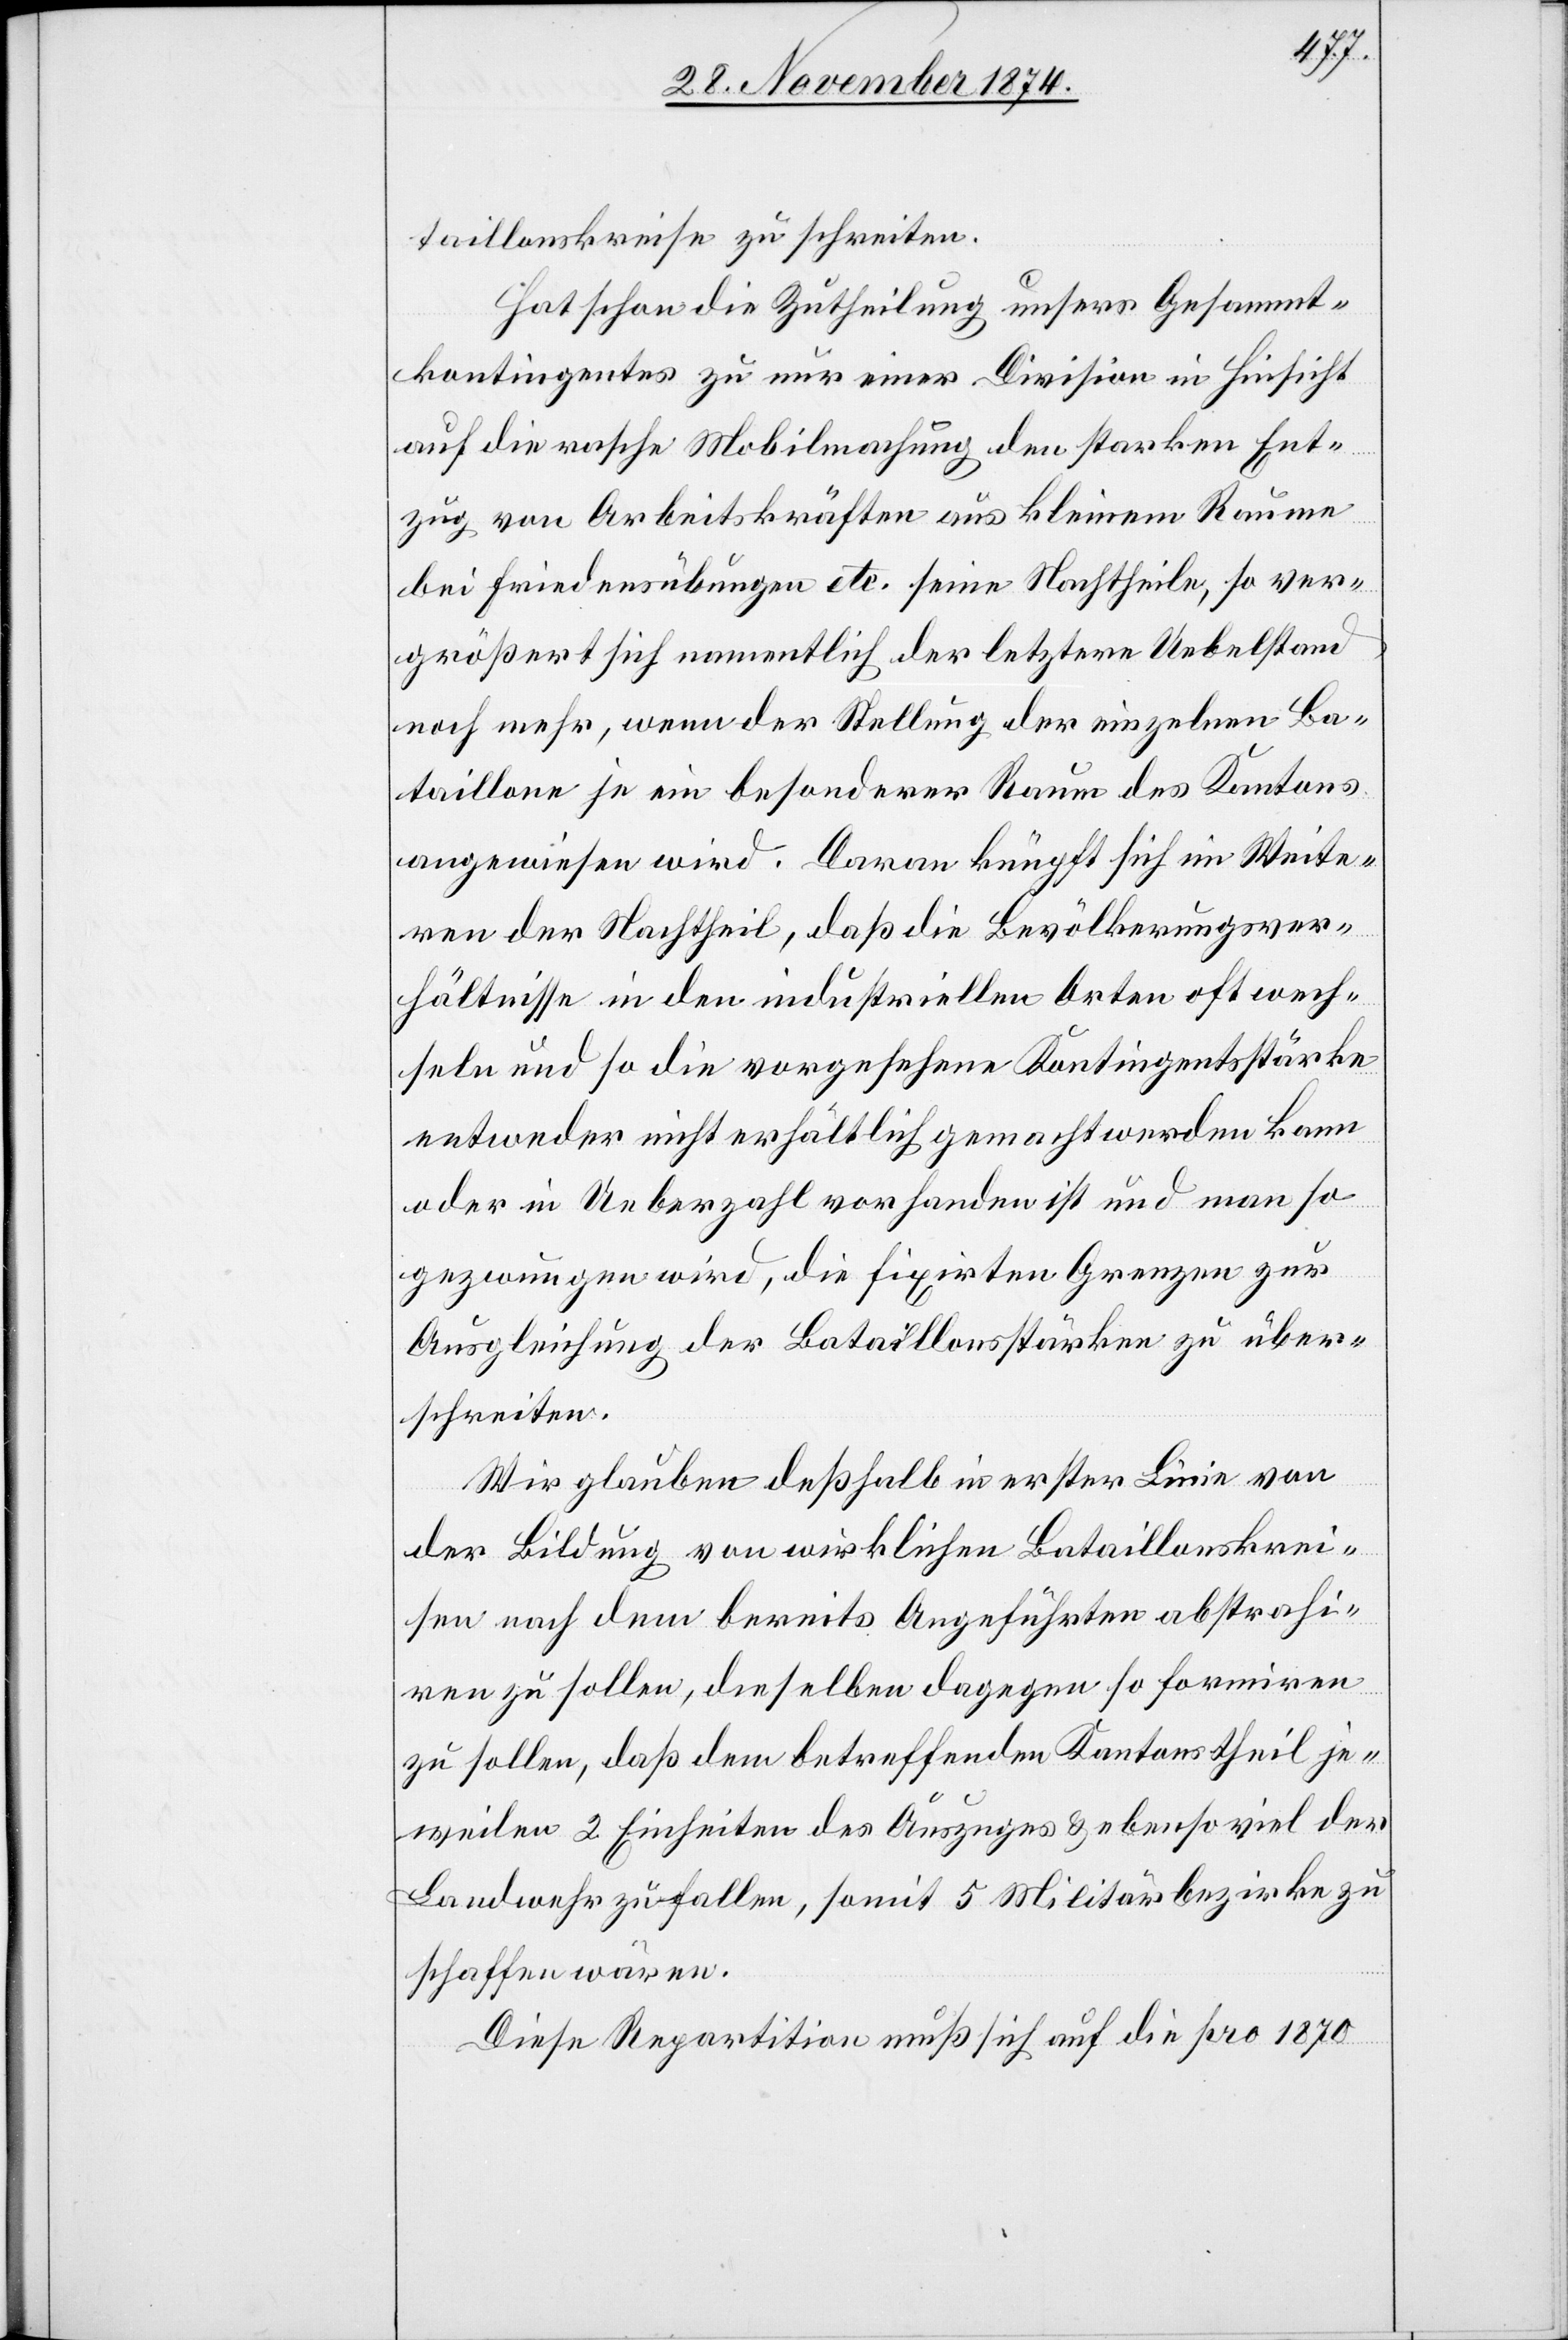
taillonskreise zu schreiten.
Hat schon die Zutheilung unsers Gesammt¬
kontingentes zu nur einer Divison in Hinsicht
auf die rasche Mobilmachung den starken Ent¬
zug von Arbeitskräften aus kleinem Raume
bei Friedensübungen etc. seine Nachtheile, so ver¬
größert sich namentlich der letztere Uebelstand
noch mehr, wenn der Stellung der einzelnen Ba¬
taillone je ein besonderer Raum des Kantons
angewiesen wird. Daran knüpft sich im Weite¬
ren der Nachtheil, daß die Bevölkerungsver¬
hältnisse in den industriellen Arten oft wech¬
seln und so die vorgesehene Kontingentsstärke
entweder nicht erhältlich gemacht werden kann
oder in Ueberzahl vorhanden ist und man so
gezwungen wird, die fixirten Grenzen zur
Ausgleichung der Bataillonsstärken zu über¬
schreiten.
Wir glauben deßhalb in erster Linie von
der Bildung von wirklichen Bataillonskrei¬
sen nach dem bereits Angeführten abstrahi¬
ren zu sollen, dieselben dagegen so formiren
zu sollen, daß dem betreffenden Kantonstheil je¬
weilen 2 Einheiten des Auszuges & ebenso viel der
Landwehr zufallen, somit 5 Militärbezirke zu
schaffen wären.
Diese Repartition muß sich auf die pro 1870